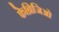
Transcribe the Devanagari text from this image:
फेब्रिजिओ